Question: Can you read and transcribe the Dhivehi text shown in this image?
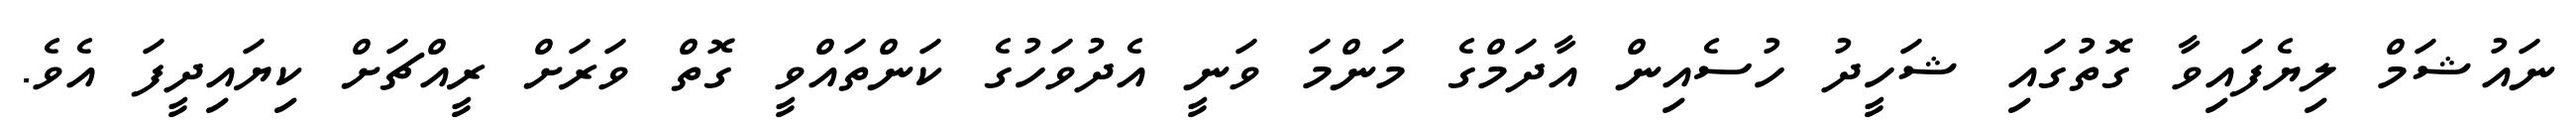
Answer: ނައުޝަމް ލިޔެފައިވާ ގޮތުގައި ޝަހީދު ހުސެއިން އާދަމްގެ މަންމަ ވަނީ އެދުވަހުގެ ކަންތައްވީ ގޮތް ވަރަށް ރީއްޗަށް ކިޔައިދީފަ އެވެ.